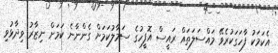
އެކަމަކު ފާހަގަކުރެވޭ މައްސަލަތައް ރައީސް އޮފީހުގެ ސަމާލުކަމަށް ގެންނާނެ ކަމަށް ނިޒާރު ވިދާޅުވި